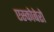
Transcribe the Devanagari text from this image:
एस्कोबेरो